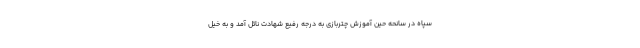
سپاه در سانحه حین آموزش چتربازی به درجه رفیع شهادت نائل آمد و به خیل